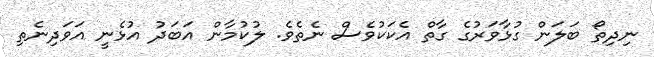
ނިދިތޯ ބަލަން ގުޅާވަރުގެ ގާތް އެކަކުވެސް ނެތެވެ. ލުކުމާން އަބަދު އުޅެނީ އަވަދިނެތި